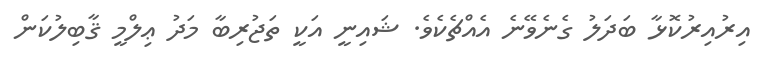
އިރުއިރުކޮޅާ ބަދަލު ގެނެވޭނެ އެއްޗެކެވެ. ޝައިނީ އަކީ ތަޖުރިބާ މަދު ޢިލްމީ ޤާބިލުކަން